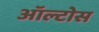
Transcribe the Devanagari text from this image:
ऑल्टोस